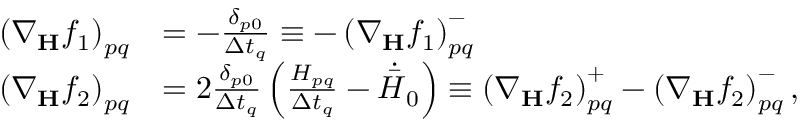
\begin{array} { r l } { \left( \nabla _ { \mathbf { H } } f _ { 1 } \right) _ { p q } } & { = - \frac { \delta _ { p 0 } } { \Delta t _ { q } } \equiv - \left( \nabla _ { \mathbf { H } } f _ { 1 } \right) _ { p q } ^ { - } } \\ { \left( \nabla _ { \mathbf { H } } f _ { 2 } \right) _ { p q } } & { = 2 \frac { \delta _ { p 0 } } { \Delta t _ { q } } \left( \frac { H _ { p q } } { \Delta t _ { q } } - \dot { \bar { H } } _ { 0 } \right) \equiv \left( \nabla _ { \mathbf { H } } f _ { 2 } \right) _ { p q } ^ { + } - \left( \nabla _ { \mathbf { H } } f _ { 2 } \right) _ { p q } ^ { - } , } \end{array}